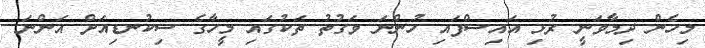
މިހެން ދިމާވަނީ ރުޅި އައިސްފައި ހުންނަ ވަގުތު ތަކުގައި މީހާގެ ސިކުނޑިއަށް އަންނަ